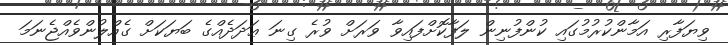
ވިޔަފާރި އަމާންކުރުމުގައި ކުންފުނިން ލަފާކޮށްފައިވާ ވަރަށް ވުރެ ގިނަ ޢަދަދެއްގެ ބަޔަކަށް ގެއްލުންވެއްޖެނަމަ